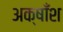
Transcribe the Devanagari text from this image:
अक्षाँश